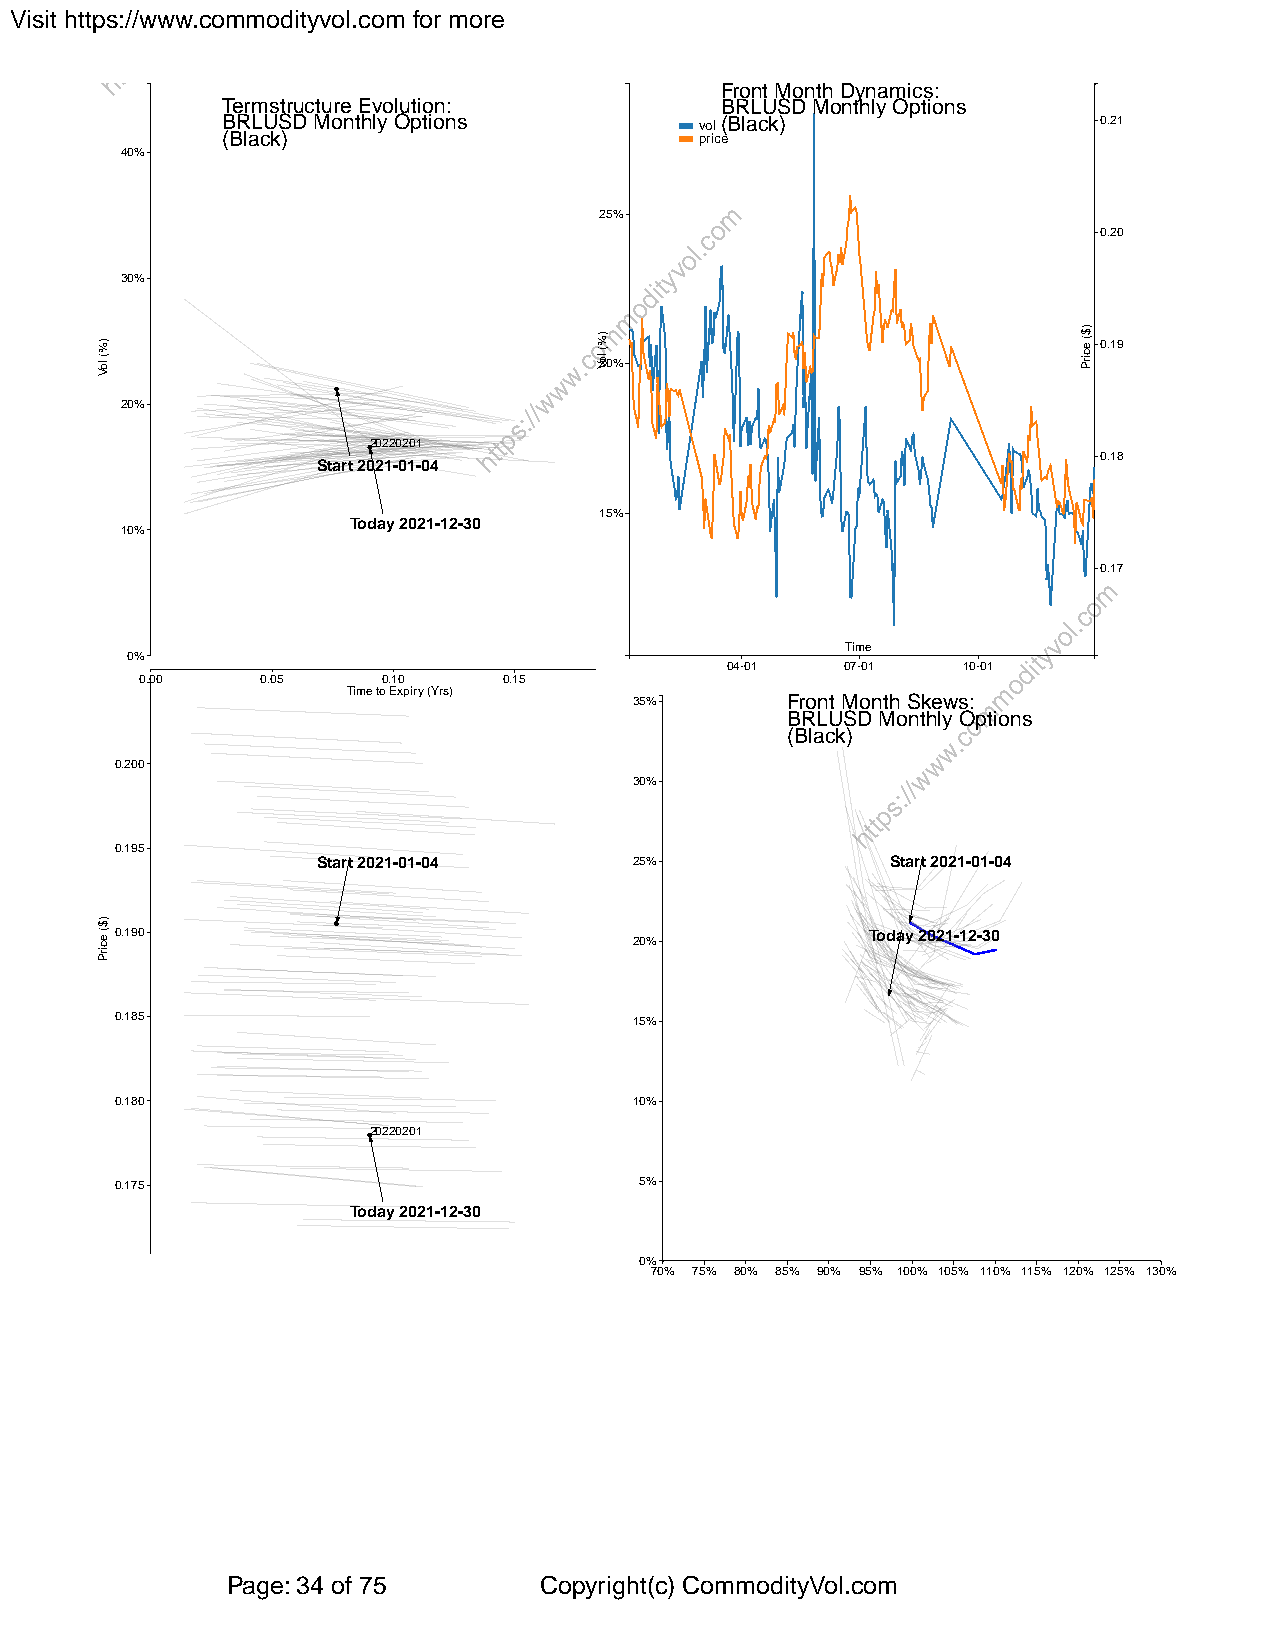
Visit https://www.commodityvol.com for more
 Front Month Dynamics:
 Termstructure Evolution:         BRLUSD Monthly Options
 BRLUSD Monthly Options         vol(Black)                 0.21
 (Black)                        price
 40%
 25%
 0.20
 30%
 0.19
 20%
 20%
 20220201
 0.18
 Start 2021-01-04
 15%
 Today 2021-12-30
 10%
 0.17
 Time
 0%
 04-01   07-01   10-01
 0.00    0.05    0.10    0.15
 Time to Expiry (Yrs)
 35%       Front Month Skews:
 BRLUSD Monthly Options
 (Black)
 0.200
 30%
 0.195
 Start 2021-01-04     25%              Start 2021-01-04
 0.190                                             Today 2021-12-30 20%
 0.185                             15%
 0.180                             10%
 20220201
 0.175                             5%
 Today 2021-12-30
 0%
 70% 75% 80% 85% 90% 95% 100% 105% 110% 115% 120% 125% 130%
 Page: 34 of 75       Copyright(c) CommodityVol.com
 )%(
 loV
 )$(
 ecirP
 )%(
 loV
 )$(
 ecirP